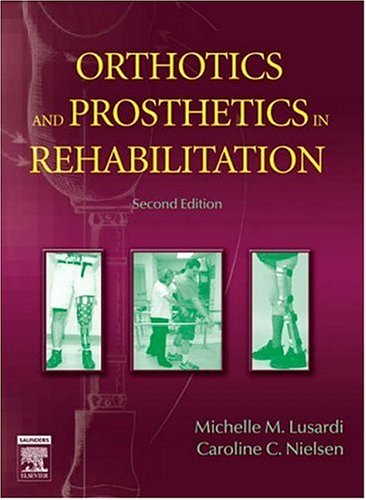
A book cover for Orthotics and Prosthetics in Rehabilitation, 2e; Michelle M. Lusardi PhD  PT; Medical Books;